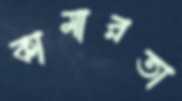
কামারতা